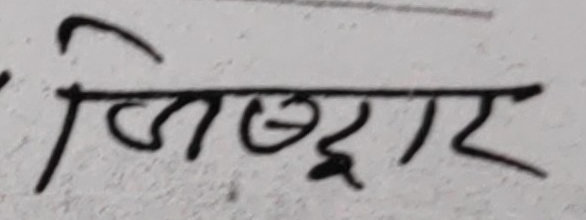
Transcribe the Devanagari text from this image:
जिद्दी र